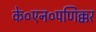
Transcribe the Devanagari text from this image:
के०एन०पणिक्कर